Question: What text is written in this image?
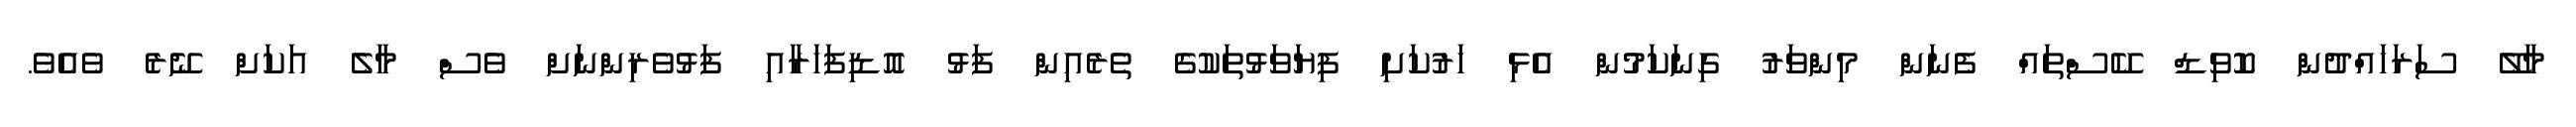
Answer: މާލޭ ސަރަހައްދުން ކޮވިޑް ކޭސްތައް ފެނަން މިންވަރު ގިނަކަމުން އެޅި ހަރުކަށި ފިޔަވަޅުތަކުގެ ތެރެއިން ފަޅު އޮޑިފަހަރާއި ފަޅުވެރިންނަށް ވެސް މާލެ އަކަށް ނޭރެ ވެއެވެ.